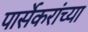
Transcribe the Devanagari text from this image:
पार्सेकरांच्या